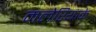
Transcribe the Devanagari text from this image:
मलेरियाके